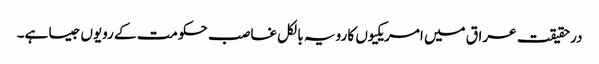
درحقیقت عراق میں امریکیوں کا رویہ بالکل غاصب حکومت کے رویوں جیسا ہے۔